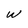
Character: W